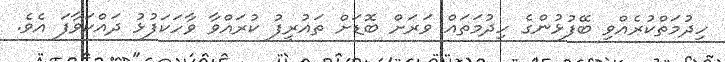
ހިދުމަތްކުރެއްވި ބޭފުޅުންގެ ހިދުމަތައް ވަރަށް ބޮޑަށް ތައުރީފު ކުރައްވާ ވާހަކަފުޅު ދައްކަވާފަ އެވެ.